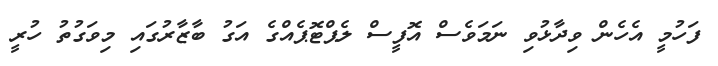
ފަހުމީ އެހެން ވިދާޅުވި ނަމަވެސް އޮފީސް ލެޕްޓޮޕެއްގެ އަގު ބާޒާރުގައި މިވަގުތު ހުރީ